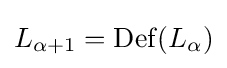
L_{\alpha +1}=\mathrm {Def} (L_{\alpha })